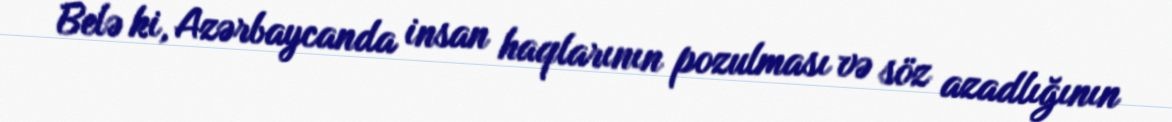
Belə ki, Azərbaycanda insan haqlarının pozulması və söz azadlığının